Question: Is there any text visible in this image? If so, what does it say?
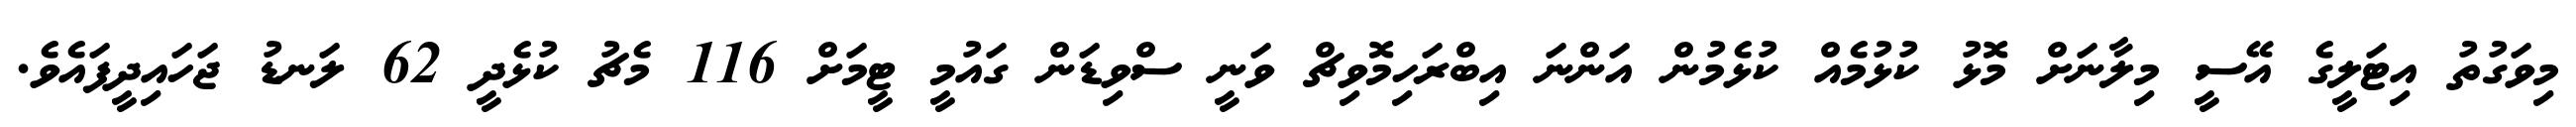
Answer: މިވަގުތު އިޓަލީގެ އޭސީ މިލާނަށް މޮޅު ކުޅުމެއް ކުޅެމުން އަންނަ އިބްރަހިމޮވިޗް ވަނީ ސްވިޑަން ގައުމީ ޓީމަށް 116 މެޗު ކުޅެދީ 62 ލަނޑު ޖަހައިދީފައެވެ.